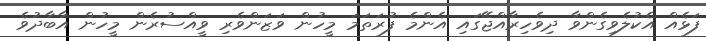
ފަޅެއް އެކުލެވިގެންވާ ދިވެހިރާއްޖޭގައި އެންމެ ފުރަތަމަ މީހުން ވަޒަންވެރި ވީއްސުރެން މީހުން އާބާދުވެ